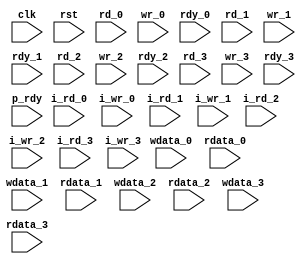
module monitor
(
    input       clk,
    input       rst,

    input       i_rd_0,
    input       i_wr_0,
    input       rd_0,
    input       wr_0,
    input       rdy_0,
    input [7:0] wdata_0,
    input [7:0] rdata_0,

    input       i_rd_1,
    input       i_wr_1,
    input       rd_1,
    input       wr_1,
    input       rdy_1,
    input [7:0] wdata_1,
    input [7:0] rdata_1,

    input       i_rd_2,
    input       i_wr_2,
    input       rd_2,
    input       wr_2,
    input       rdy_2,
    input [7:0] wdata_2,
    input [7:0] rdata_2,

    input       i_rd_3,
    input       i_wr_3,
    input       rd_3,
    input       wr_3,
    input       rdy_3,
    input [7:0] wdata_3,
    input [7:0] rdata_3,

    input [3:0] p_rdy
);

    task monitor_a_core
    (
        input       i_rd,
        input       i_wr,
        input       rd,
        input       wr,
        input       rdy,
        input [7:0] wdata,
        input [7:0] rdata,
        input       p_rdy
    );

        ;
    
    endtask

endmodule